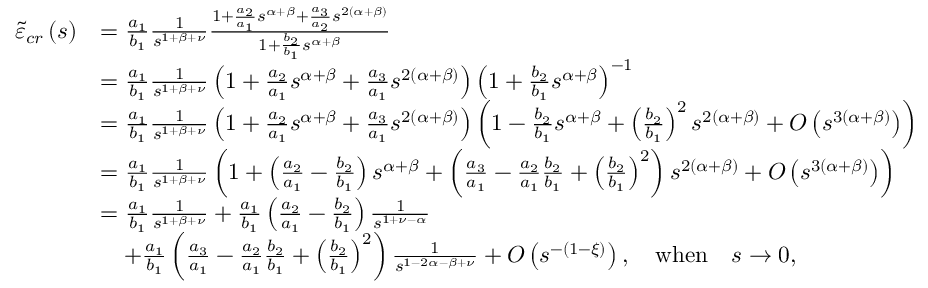
\begin{array} { r l } { \tilde { \varepsilon } _ { c r } \left( s \right) } & { = \frac { a _ { 1 } } { b _ { 1 } } \frac { 1 } { s ^ { 1 + \beta + \nu } } \frac { 1 + \frac { a _ { 2 } } { a _ { 1 } } s ^ { \alpha + \beta } + \frac { a _ { 3 } } { a _ { 2 } } s ^ { 2 \left( \alpha + \beta \right) } } { 1 + \frac { b _ { 2 } } { b _ { 1 } } s ^ { \alpha + \beta } } } \\ & { = \frac { a _ { 1 } } { b _ { 1 } } \frac { 1 } { s ^ { 1 + \beta + \nu } } \left( 1 + \frac { a _ { 2 } } { a _ { 1 } } s ^ { \alpha + \beta } + \frac { a _ { 3 } } { a _ { 1 } } s ^ { 2 \left( \alpha + \beta \right) } \right) \left( 1 + \frac { b _ { 2 } } { b _ { 1 } } s ^ { \alpha + \beta } \right) ^ { - 1 } } \\ & { = \frac { a _ { 1 } } { b _ { 1 } } \frac { 1 } { s ^ { 1 + \beta + \nu } } \left( 1 + \frac { a _ { 2 } } { a _ { 1 } } s ^ { \alpha + \beta } + \frac { a _ { 3 } } { a _ { 1 } } s ^ { 2 \left( \alpha + \beta \right) } \right) \left( 1 - \frac { b _ { 2 } } { b _ { 1 } } s ^ { \alpha + \beta } + \left( \frac { b _ { 2 } } { b _ { 1 } } \right) ^ { 2 } s ^ { 2 \left( \alpha + \beta \right) } + O \left( s ^ { 3 \left( \alpha + \beta \right) } \right) \right) } \\ & { = \frac { a _ { 1 } } { b _ { 1 } } \frac { 1 } { s ^ { 1 + \beta + \nu } } \left( 1 + \left( \frac { a _ { 2 } } { a _ { 1 } } - \frac { b _ { 2 } } { b _ { 1 } } \right) s ^ { \alpha + \beta } + \left( \frac { a _ { 3 } } { a _ { 1 } } - \frac { a _ { 2 } } { a _ { 1 } } \frac { b _ { 2 } } { b _ { 1 } } + \left( \frac { b _ { 2 } } { b _ { 1 } } \right) ^ { 2 } \right) s ^ { 2 \left( \alpha + \beta \right) } + O \left( s ^ { 3 \left( \alpha + \beta \right) } \right) \right) } \\ & { = \frac { a _ { 1 } } { b _ { 1 } } \frac { 1 } { s ^ { 1 + \beta + \nu } } + \frac { a _ { 1 } } { b _ { 1 } } \left( \frac { a _ { 2 } } { a _ { 1 } } - \frac { b _ { 2 } } { b _ { 1 } } \right) \frac { 1 } { s ^ { 1 + \nu - \alpha } } } \\ & { \quad + \frac { a _ { 1 } } { b _ { 1 } } \left( \frac { a _ { 3 } } { a _ { 1 } } - \frac { a _ { 2 } } { a _ { 1 } } \frac { b _ { 2 } } { b _ { 1 } } + \left( \frac { b _ { 2 } } { b _ { 1 } } \right) ^ { 2 } \right) \frac { 1 } { s ^ { 1 - 2 \alpha - \beta + \nu } } + O \left( s ^ { - \left( 1 - \xi \right) } \right) , \quad \mathrm { w h e n } \quad s \rightarrow 0 , } \end{array}